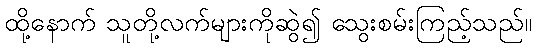
ထို့နောက် သူတို့လက်များကိုဆွဲ၍ သွေးစမ်းကြည့်သည်။